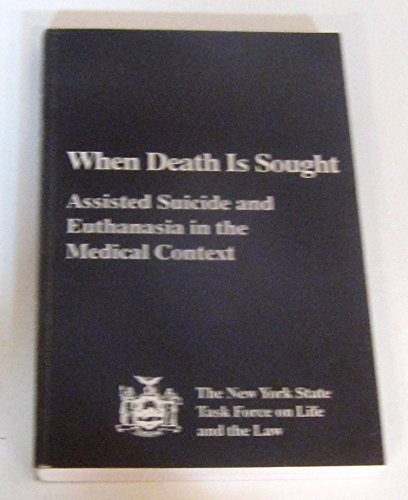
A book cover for When Death Is Sought: Assisted Suicide and Euthanasia in the Medical Context; Nys Task Force on Life & the Law; Law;